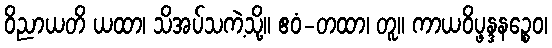
ဝိညာယတိ ယထာ၊ သိအပ်သကဲ့သို့။ ဧဝံ-တထာ၊ တူ။ ကာယဝိပ္ဖန္ဒနဉ္စေဝ၊